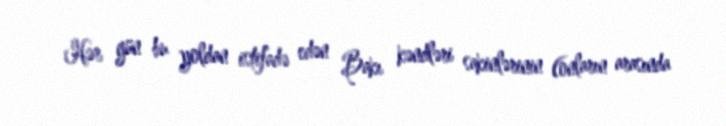
Hər gün bu yoldan istifadə edən Bakı kəndləri sakinlərinin (onların arasında